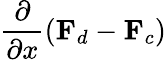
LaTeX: \frac{\partial}{\partial x}(\mathbf{F}_{d}-\mathbf{F}_{c})